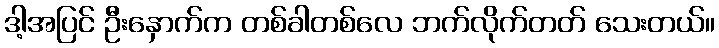
ဒါ့အပြင် ဦးနှောက်က တစ်ခါတစ်လေ ဘက်လိုက်တတ် သေးတယ်။